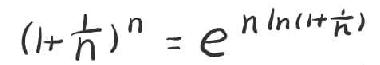
\((1+\frac{1}{n})^n = e^{n\ln(1+\frac{1}{n})}\)